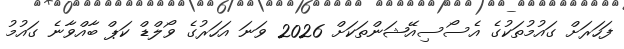
ފަހަރަށް ގައުމުތަކުގެ އެސޯސިއޭޝަންތަކަށް 2026 ވަނަ އަހަރުގެ ވޯލްޑް ކަޕް ބާއްވާނެ ގައުމު